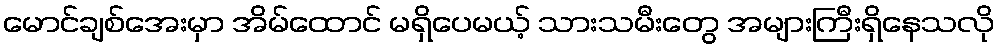
မောင်ချစ်အေးမှာ အိမ်ထောင် မရှိပေမယ့် သားသမီးတွေ အများကြီးရှိနေသလို